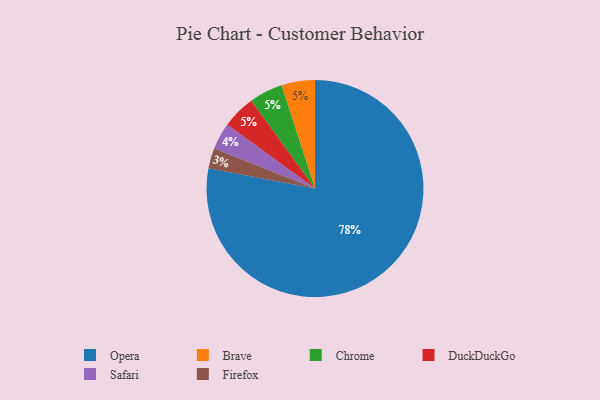
{"axis": {"x": "Category", "y": "Percentage"}, "legend": ["Brave", "Chrome", "DuckDuckGo", "Firefox", "Opera", "Safari"], "data": [{"x": "Brave", "y": 5, "type": "Brave"}, {"x": "Safari", "y": 4, "type": "Safari"}, {"x": "Chrome", "y": 5, "type": "Chrome"}, {"x": "DuckDuckGo", "y": 5, "type": "DuckDuckGo"}, {"x": "Firefox", "y": 3, "type": "Firefox"}, {"x": "Opera", "y": 78, "type": "Opera"}]}